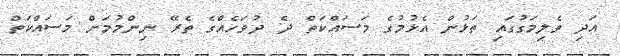
އަދި ވެލިމަގުގައި ތަޅުން އެޅުމުގެ މަސައްކަތް ދެ ދުވަހެއްގެ ތެރޭ ނިންމުމަށް މަސައްކަތް